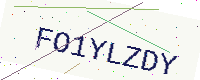
Text: FO1YLZDY